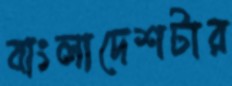
বাংলাদেশটার